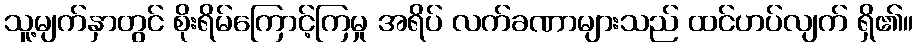
သူ့မျက်နှာတွင် စိုးရိမ်ကြောင့်ကြမှု အရိပ် လက်ခဏာများသည် ထင်ဟပ်လျက် ရှိ၏။